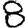
Digit: 8